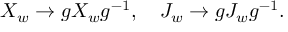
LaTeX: X _ { w } \to g X _ { w } g ^ { - 1 } , \quad J _ { w } \to g J _ { w } g ^ { - 1 } .